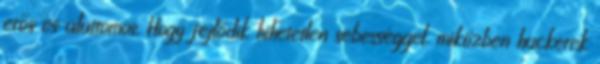
erős és alattomos. Hogy fejlődik hihetetlen sebességgel, miközben hackerek